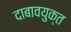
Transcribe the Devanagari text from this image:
दाबावयुक्त